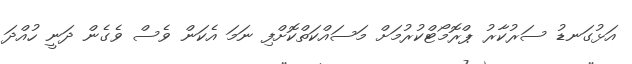
އަޅުގަނޑު ސަރުކާރު ޕްރޮމޯޓްކުރުމަށް މަސައްކަތްކޮށްފި ނަމަ އެކަން ވެސް ވެގެން ދަނީ ހުއްދަ